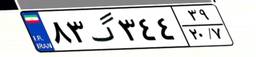
۸۳گ۳۴۴۳۹